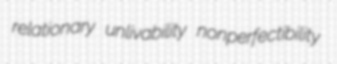
relationary unlivability nonperfectibility